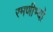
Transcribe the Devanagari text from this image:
रमणीभ्यो